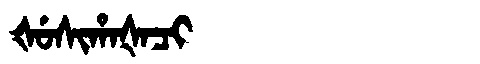
Manchu: ᡧᡠᠰᡳᡥᠠᡧᠠᠴᡳ
Romanization: ŠUSIHAŠACI